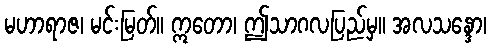
မဟာရာဇ၊ မင်းမြတ်။ ဣတော၊ ဤသာဂလပြည်မှ။ အလသန္ဒော၊